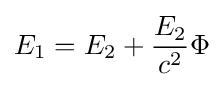
E_{1}=E_{2}+{\frac {E_{2}}{c^{2}}}\Phi